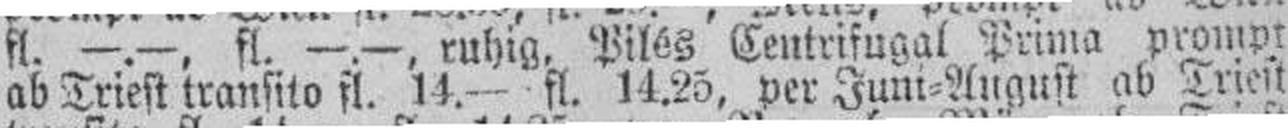
ab Triest transito fl. 14.— fl. 14.25, per Juni=August ab Triest